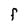
Character: f